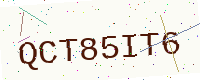
Text: QCT85IT6